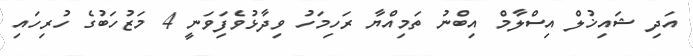
އަދި ޝައިޚުލް އިސްލާމް އިބްނު ތަމިއްޔާ ރަހިމަހު ވިދާޅުވެފަިވަނީ 4 މަޒުހަބުގެ ހުރިހައި